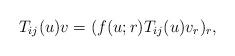
LaTeX: \begin{align*}T_{ij}(u) v = ( f(u; r) T_{ij}(u) v_r )_r, \end{align*}